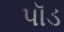
પૉડ